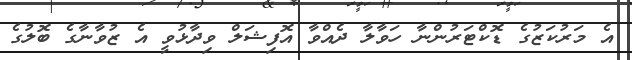
އެ މަރުކަޒުގެ ޑޮކްޓަރުންނާ ހަވާލާ ދެއްވާ އޮފިޝަލް ވިދާޅުވީ އެ ޒުވާނާގެ ބޮލުގެ